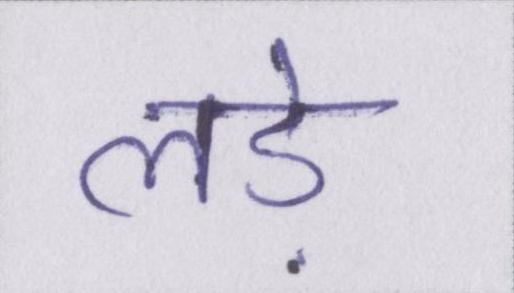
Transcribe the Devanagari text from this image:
लड़े